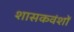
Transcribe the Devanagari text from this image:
शासकवंशों